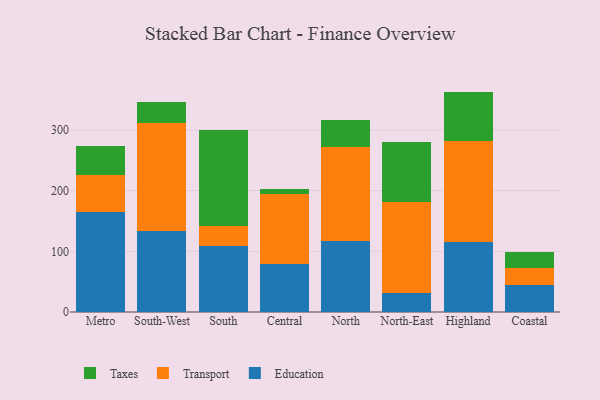
{"axis": {"x": "Region", "y": "Website Visitors"}, "legend": ["Education", "Taxes", "Transport"], "data": [{"x": "Metro", "y": 164.2, "type": "Education"}, {"x": "Metro", "y": 61.5, "type": "Transport"}, {"x": "Metro", "y": 48.2, "type": "Taxes"}, {"x": "South-West", "y": 134.2, "type": "Education"}, {"x": "South-West", "y": 178.0, "type": "Transport"}, {"x": "South-West", "y": 33.4, "type": "Taxes"}, {"x": "South", "y": 108.0, "type": "Education"}, {"x": "South", "y": 33.2, "type": "Transport"}, {"x": "South", "y": 159.1, "type": "Taxes"}, {"x": "Central", "y": 79.8, "type": "Education"}, {"x": "Central", "y": 115.2, "type": "Transport"}, {"x": "Central", "y": 7.8, "type": "Taxes"}, {"x": "North", "y": 116.9, "type": "Education"}, {"x": "North", "y": 155.5, "type": "Transport"}, {"x": "North", "y": 43.8, "type": "Taxes"}, {"x": "North-East", "y": 31.8, "type": "Education"}, {"x": "North-East", "y": 149.9, "type": "Transport"}, {"x": "North-East", "y": 98.8, "type": "Taxes"}, {"x": "Highland", "y": 115.2, "type": "Education"}, {"x": "Highland", "y": 167.2, "type": "Transport"}, {"x": "Highland", "y": 80.8, "type": "Taxes"}, {"x": "Coastal", "y": 44.0, "type": "Education"}, {"x": "Coastal", "y": 28.4, "type": "Transport"}, {"x": "Coastal", "y": 25.7, "type": "Taxes"}]}